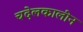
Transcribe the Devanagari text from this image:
चदेलकालीन